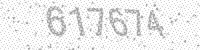
Solution: 617674